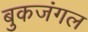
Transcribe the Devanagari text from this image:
बुकजंगल